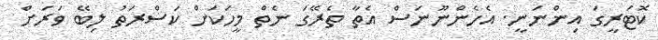
ކޮޓަރީގަ އިންނަނީ. އެހެންނޫނަސް އެތާ ތެރޭގަ ނެތް މީހަކަށް ކަސްރަތު ލިބޭ ވަރަށް